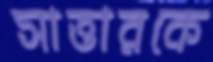
সাত্তারকে